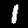
Digit: 1